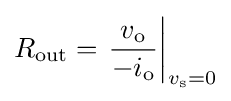
R_{\text{out}}=\left.{\frac {v_{\text{o}}}{-i_{\text{o}}}}\right|_{v_{\text{s}}=0}